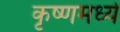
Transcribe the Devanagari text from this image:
कृष्णमध्ये